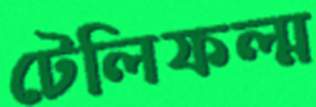
টেলিফল্ম